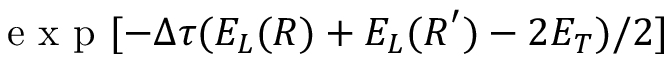
\mathrm { ~ e ~ x ~ p ~ } [ - \Delta \tau ( E _ { L } ( \boldsymbol { R } ) + E _ { L } ( \boldsymbol { R } ^ { \prime } ) - 2 E _ { T } ) / 2 ]